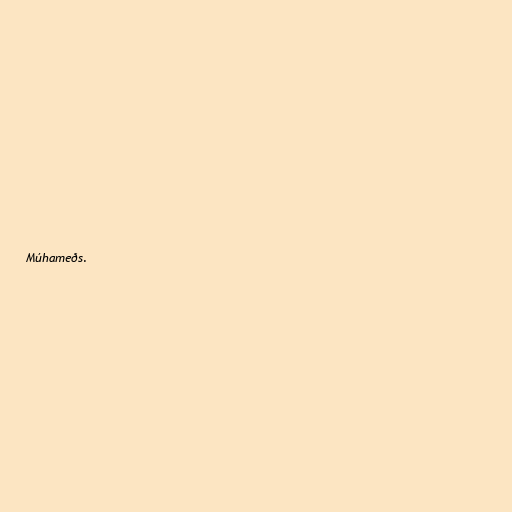
Múhameðs.